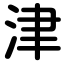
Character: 津